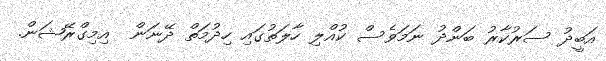
އަބީދު ސަރުކާރު ބަންދު ނަމަވެސް ކުއްލި ހާލަތުގައި ހިދުމަތް ދޭނަން  އިމިގްރޭޝަން.